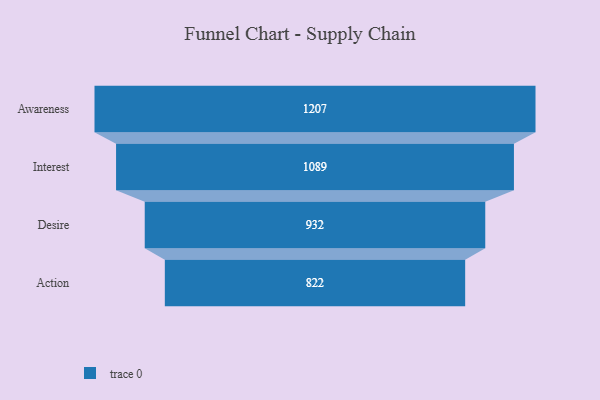
{"axis": {"x": "Stage", "y": "Value"}, "legend": [""], "data": [{"x": "Awareness", "y": 1207.0, "type": ""}, {"x": "Interest", "y": 1089.0, "type": ""}, {"x": "Desire", "y": 932.0, "type": ""}, {"x": "Action", "y": 822.0, "type": ""}]}